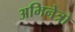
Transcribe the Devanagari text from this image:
अभिनेत्रो